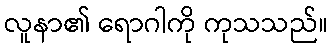
လူနာ၏ ရောဂါကို ကုသသည်။